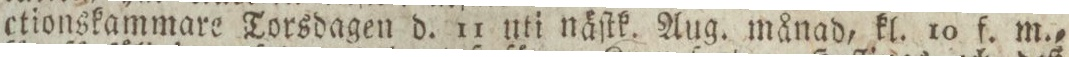
ctionskammare Torsdagen d. 11 uti näſtk. Aug. månad, kl. 10 f. m.,